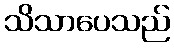
သိသာပေသည်